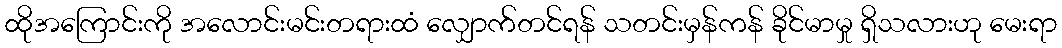
ထိုအကြောင်းကို အလောင်းမင်းတရားထံ လျှောက်တင်ရန် သတင်းမှန်ကန် ခိုင်မာမှု ရှိသလားဟု မေးရာ